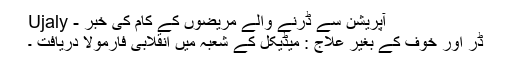
آپریشن سے ڈرنے والے مریضوں کے کام کی خبر - Ujaly
ڈر اور خوف کے بغیر علاج : میڈیکل کے شعبہ میں انقلابی فارمولا دریافت ۔